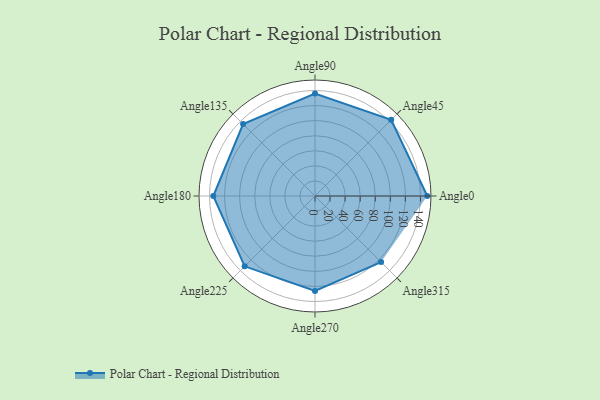
{"axis": {"x": "Angle", "y": "Radius"}, "legend": [""], "data": [{"x": "Angle0", "y": 149.0, "type": ""}, {"x": "Angle45", "y": 143.0, "type": ""}, {"x": "Angle90", "y": 136.0, "type": ""}, {"x": "Angle135", "y": 135.0, "type": ""}, {"x": "Angle180", "y": 135.0, "type": ""}, {"x": "Angle225", "y": 132.0, "type": ""}, {"x": "Angle270", "y": 126.0, "type": ""}, {"x": "Angle315", "y": 124.0, "type": ""}]}